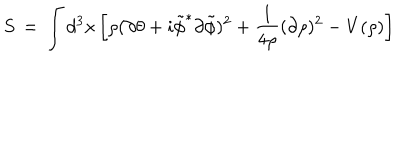
LaTeX: S \, = \, \int d ^ { 3 } x \left[ \rho ( \partial \theta + i { \tilde { \phi } } ^ { * } \partial { \tilde { \phi } } ) ^ { 2 } + \frac { 1 } { 4 \rho } ( \partial \rho ) ^ { 2 } - V ( \rho ) \right]